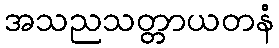
အသညသတ္တာယတနံ